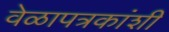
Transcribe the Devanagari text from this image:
वेळापत्रकांशी